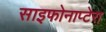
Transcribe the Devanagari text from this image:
साइफोनाप्टेरा